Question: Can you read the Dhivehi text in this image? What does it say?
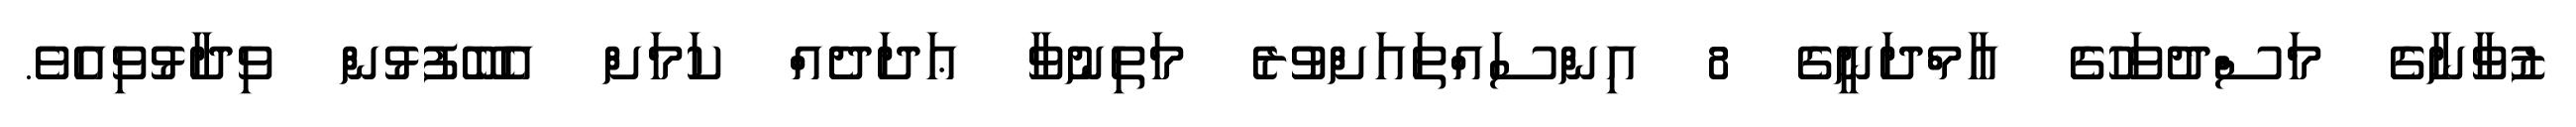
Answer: ޒުވާނާގެ މަސްދުވަހުގެ އާމްދަނީގެ 8 އިންސައްތައަށްވުރެ މަތިނުވާ ޢަދަދެއް ކަމަށް އެބޭފުޅުން ވިދާޅުވިއެވެ.